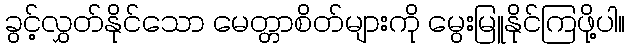
ခွင့်လွှတ်နိုင်သော မေတ္တာစိတ်များကို မွေးမြူနိုင်ကြဖို့ပါ။